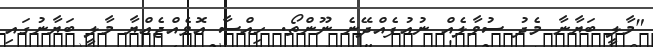
"މާލީ ބަޔާނާ މެދު ސުވާލެއް ނުއުފެއްދޭނެ ނޫންތޯ. ހިއްސާ އޮވެއްޖެއްޔާ މާލީ ބަޔާނުގައި